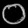
Digit: ၀